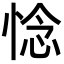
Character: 惗